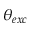
\theta _ { e x c }